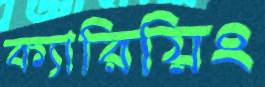
ক্যারিয়িং